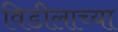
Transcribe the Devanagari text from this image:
विडीलाच्या